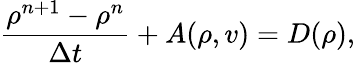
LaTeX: \frac{\rho^{n+1}-\rho^{n}}{\Delta t}+A(\rho,v)=D(\rho),